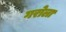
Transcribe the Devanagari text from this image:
गरोला